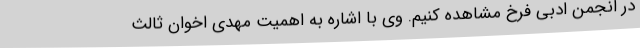
در انجمن ادبی فرخ مشاهده کنیم. وی با اشاره به اهمیت مهدی اخوان ثالث